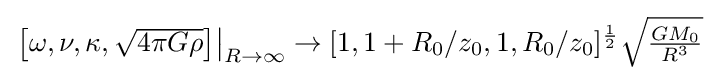
{\textstyle \left.\left[\omega ,\nu ,\kappa ,{\sqrt {4\pi G\rho }}\right]\right|_{R\to \infty }\to [1,1+R_{0}/z_{0},1,R_{0}/z_{0}]^{1 \over 2}{\sqrt {GM_{0} \over R^{3}}}}